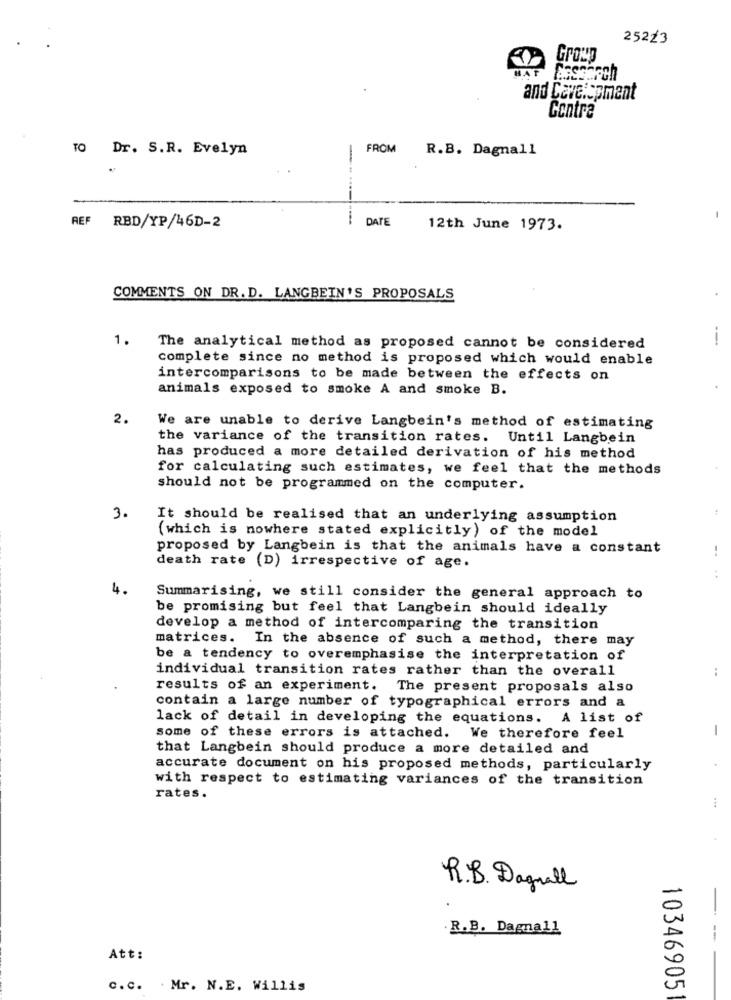
25223
Growg
HAT
and Development
Contra
TO Dr. S.R. Evelyn
FROM
R.B. Dagnall
------
DATE
REF RBD/YP/46D-2
12th June 1973.
COMMENTS ON DR. D. LANGBEIN'S PROPOSALS
1.
---
The analytical method as proposed cannot be considered
complete since no method is proposed which would enable
intercomparisons to be made between the effects on
animals exposed to smoke A and smoke B.
2.
We are unable to derive Langbein's method of estimating
the variance of the transition rates. Until Langbein
has produced a more detailed derivation of his method
for calculating such estimates, we feel that the methods
should not be programmed on the computer.
3.
It should be realised that an underlying assumption
(which is nowhere stated explicitly) of the model
proposed by Langbein is that the animals have a constant
death rate (D) irrespective of age.
4.
Summarising, we still consider the general approach to
be promising but feel that Langbein should ideally
develop a method of intercomparing the transition
matrices. In the absence of such a method, there may
be a tendency to overemphasise the interpretation of
individual transition rates rather than the overall
results of an experiment. The present proposals also
contain a large number of typographical errors and a
lack of detail in developing the equations. A list of
-
some of these errors is attached. We therefore feel
that Langbein should produce a more detailed and
accurate document on his proposed methods, particularly
with respect to estimating variances of the transition
rates.
R.B. Dagnall
R.B. Dagnall
Att:
c.c. . Mr. N.E. Willis
10346905